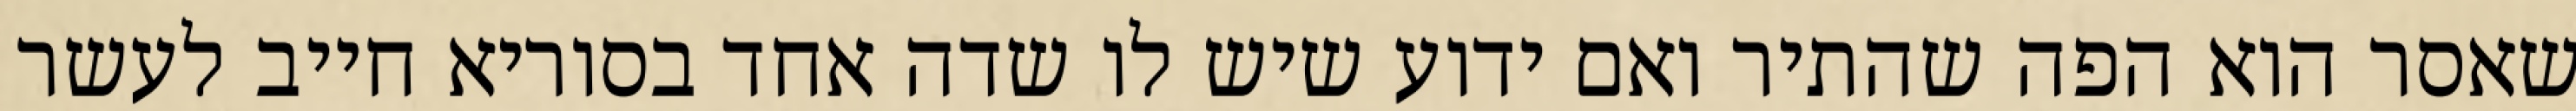
שאסר הוא הפה שהתיר ואם ידוע שיש לו שדה אחד בסוריא חייב לעשר